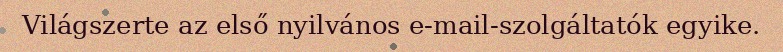
Világszerte az első nyilvános e-mail-szolgáltatók egyike.